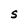
Character: S